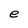
Character: e